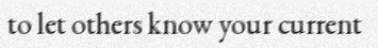
to let others know your current